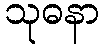
သုဓနာ